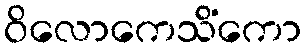
ဝိလောကေသိံကော